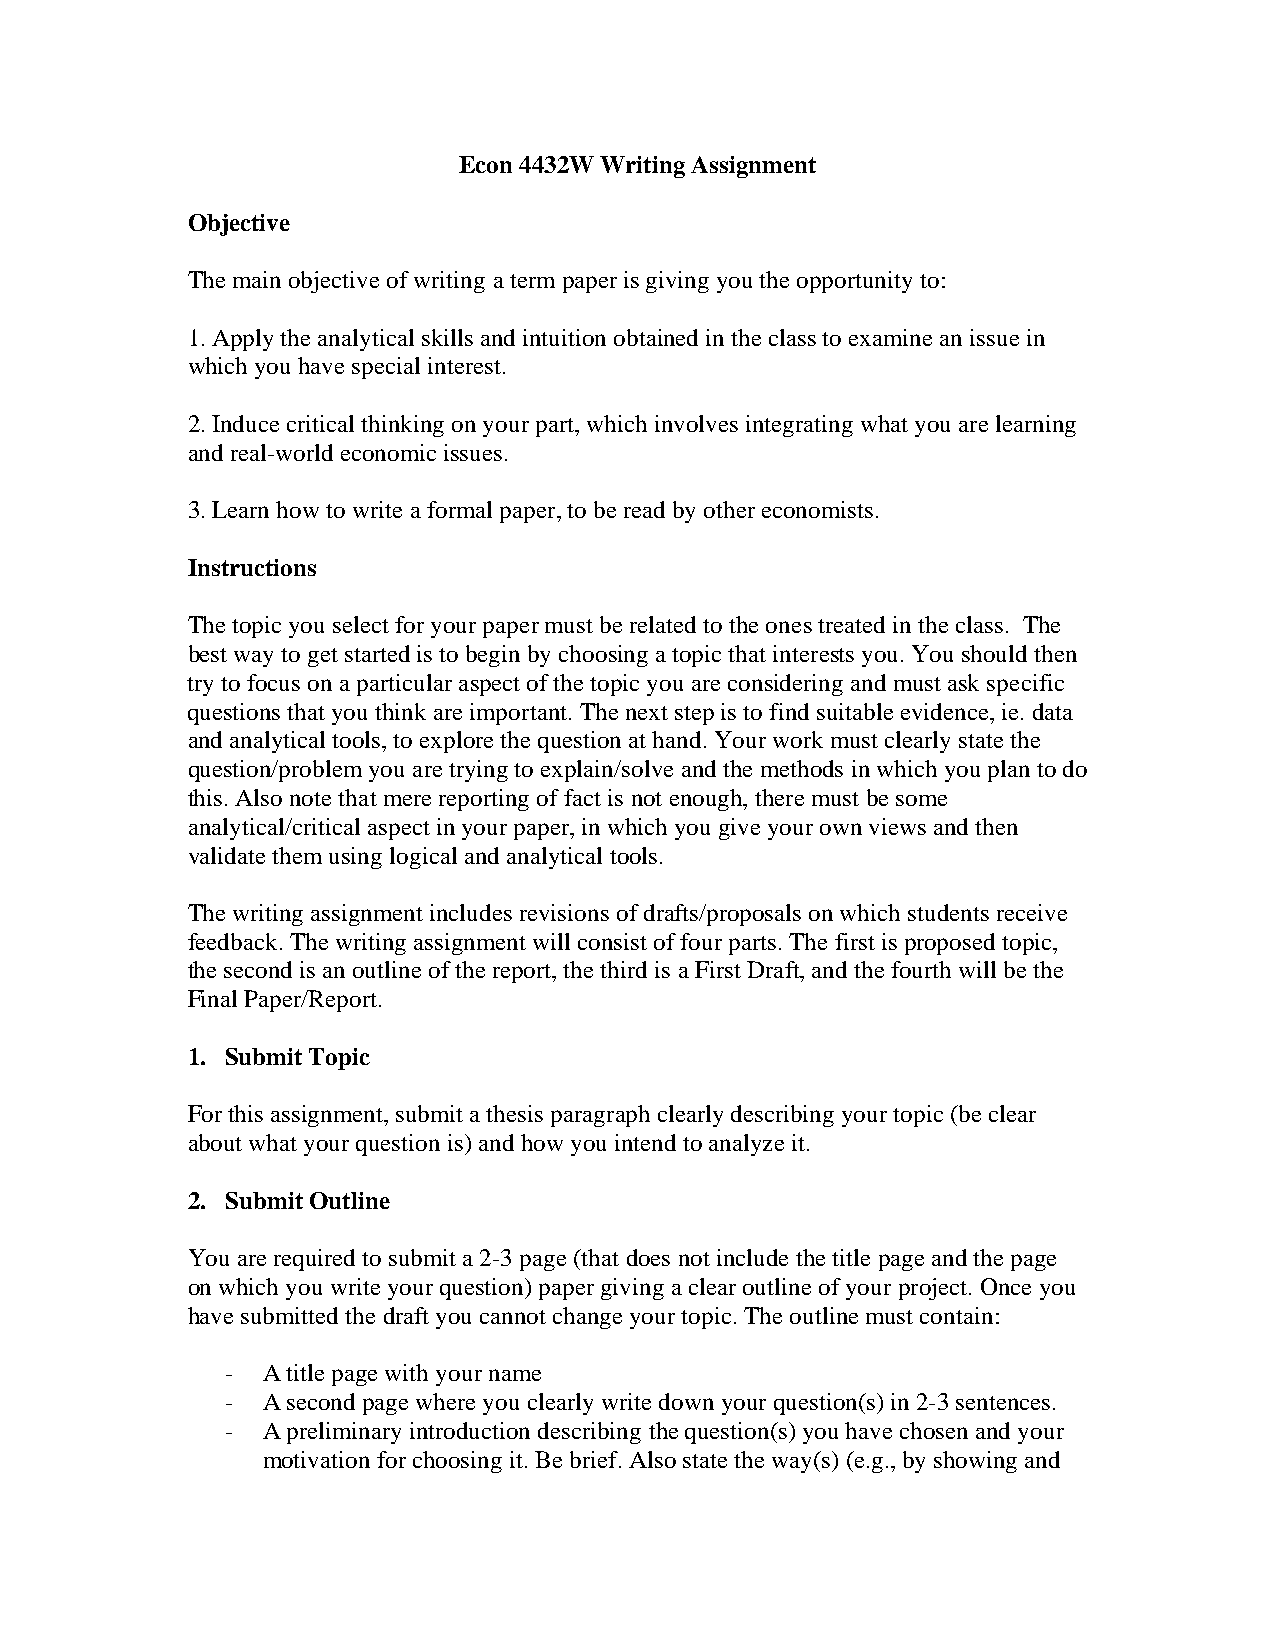
Econ 4432W Writing Assignment
 Objective
 The main objective of writing a term paper is giving you the opportunity to:
 1. Apply the analytical skills and intuition obtained in the class to examine an issue in
 which you have special interest.
 2. Induce critical thinking on your part, which involves integrating what you are learning
 and real-world economic issues.
 3. Learn how to write a formal paper, to be read by other economists.
 Instructions
 The topic you select for your paper must be related to the ones treated in the class. The
 best way to get started is to begin by choosing a topic that interests you. You should then
 try to focus on a particular aspect of the topic you are considering and must ask specific
 questions that you think are important. The next step is to find suitable evidence, ie. data
 and analytical tools, to explore the question at hand. Your work must clearly state the
 question/problem you are trying to explain/solve and the methods in which you plan to do
 this. Also note that mere reporting of fact is not enough, there must be some
 analytical/critical aspect in your paper, in which you give your own views and then
 validate them using logical and analytical tools.
 The writing assignment includes revisions of drafts/proposals on which students receive
 feedback. The writing assignment will consist of four parts. The first is proposed topic,
 the second is an outline of the report, the third is a First Draft, and the fourth will be the
 Final Paper/Report.
 1. Submit Topic
 For this assignment, submit a thesis paragraph clearly describing your topic (be clear
 about what your question is) and how you intend to analyze it.
 2. Submit Outline
 You are required to submit a 2-3 page (that does not include the title page and the page
 on which you write your question) paper giving a clear outline of your project. Once you
 have submitted the draft you cannot change your topic. The outline must contain:
 - A title page with your name
 - A second page where you clearly write down your question(s) in 2-3 sentences.
 - A preliminary introduction describing the question(s) you have chosen and your
 motivation for choosing it. Be brief. Also state the way(s) (e.g., by showing and